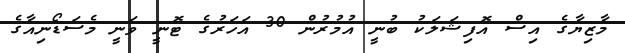
މާޒިޔާގެ އިސް އޮފިޝަލަކު ބުނީ އުމުރުން 30 އަހަރުގެ ޓޮނީ ވަނީ މެސަޑޯނިއާގެ